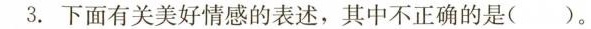
3.下面有关美好情感的表述，其中不正确的是()。